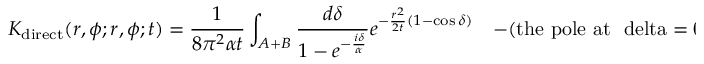
K _ { \mathrm { d i r e c t } } ( r , \phi ; r , \phi ; t ) = { \frac { 1 } { 8 \pi ^ { 2 } \alpha t } } \int _ { A + B } { \frac { d \delta } { 1 - e ^ { - { \frac { i \delta } { \alpha } } } } } e ^ { - { \frac { r ^ { 2 } } { 2 t } } ( 1 - \cos \delta ) } \quad - ( \mathrm { t h e ~ p o l e ~ a t ~ \ d e l t a = 0 ~ } )